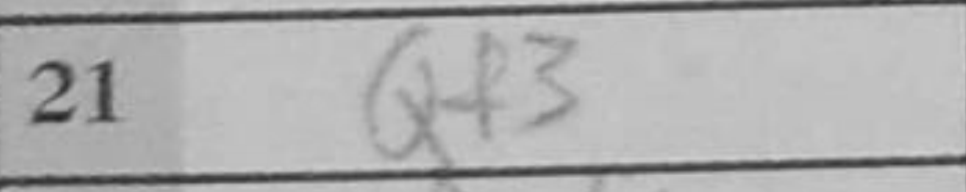
Transcription: Qf3